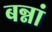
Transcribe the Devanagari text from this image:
बन्नां